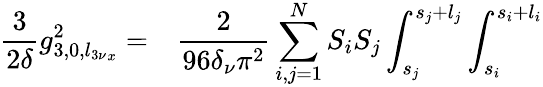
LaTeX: \begin{array}{cl}{\displaystyle\frac{3}{2\delta}g_{3,0,{l_{3\nu}}_{x}}^{2}=}&{\displaystyle\frac{2}{96\delta_{\nu}\pi^{2}}\sum_{i,j=1}^{N}{S_{i}S_{j}\int_{s_{j}}^{s_{j}+l_{j}}\int_{s_{i}}^{s_{i}+l_{i}}}}\end{array}